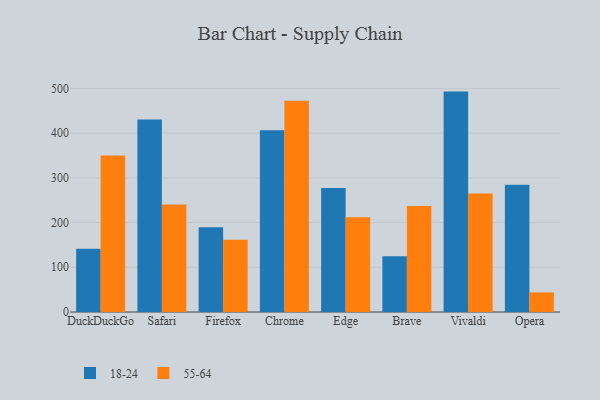
{"axis": {"x": "Browser", "y": "Churn Rate (%)"}, "legend": ["18-24", "55-64"], "data": [{"x": "DuckDuckGo", "y": 141.2, "type": "18-24"}, {"x": "DuckDuckGo", "y": 350.1, "type": "55-64"}, {"x": "Safari", "y": 430.7, "type": "18-24"}, {"x": "Safari", "y": 240.5, "type": "55-64"}, {"x": "Firefox", "y": 189.6, "type": "18-24"}, {"x": "Firefox", "y": 161.5, "type": "55-64"}, {"x": "Chrome", "y": 406.2, "type": "18-24"}, {"x": "Chrome", "y": 472.5, "type": "55-64"}, {"x": "Edge", "y": 277.4, "type": "18-24"}, {"x": "Edge", "y": 211.9, "type": "55-64"}, {"x": "Brave", "y": 124.5, "type": "18-24"}, {"x": "Brave", "y": 237.0, "type": "55-64"}, {"x": "Vivaldi", "y": 492.9, "type": "18-24"}, {"x": "Vivaldi", "y": 265.2, "type": "55-64"}, {"x": "Opera", "y": 284.6, "type": "18-24"}, {"x": "Opera", "y": 43.8, "type": "55-64"}]}